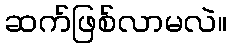
ဆက်ဖြစ်လာမလဲ။